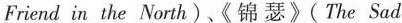
Friend in the North)《锦瑟》(The Sad